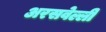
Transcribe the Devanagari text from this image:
अरसवेल्ली